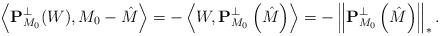
LaTeX: \begin{align*}\left\langle \mathbf P^{\bot}_{M_0}(W),M_0-\hat M\right\rangle=-\left\langle W ,\mathbf P^{\bot}_{M_0}\left (\hat M\right )\right\rangle=-\left \Vert \mathbf P^{\bot}_{M_0}\left (\hat M\right )\right \Vert_{*}.\end{align*}